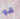
هو